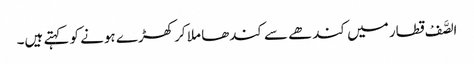
الصَّفْ قطار میں کندھے سے کندھا ملا کر کھڑے ہونے کو کہتے ہیں۔